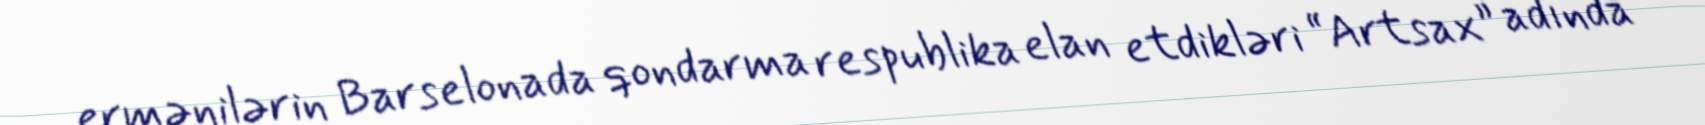
ermənilərin Barselonada qondarma respublika elan etdikləri “Artsax” adında